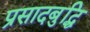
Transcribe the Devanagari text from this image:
प्रसादबुद्धि